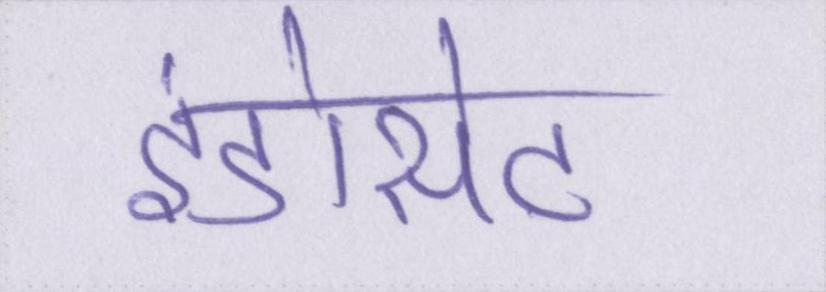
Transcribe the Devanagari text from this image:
इंडोसेट